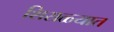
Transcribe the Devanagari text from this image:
शिराळ्यात